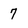
Character: 7